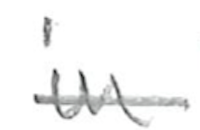
Text: in
Cross-out: single-line
Writing tool: pencil